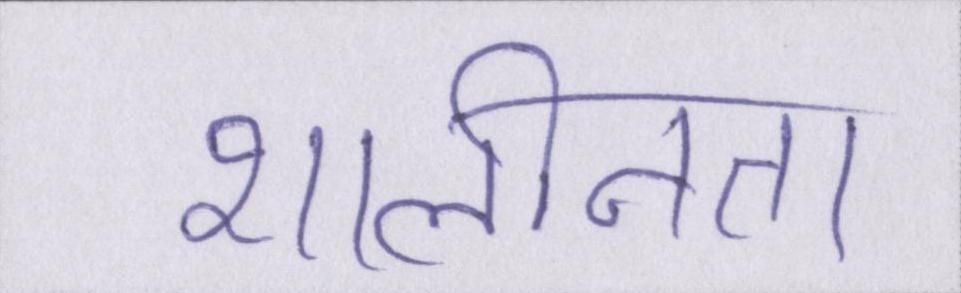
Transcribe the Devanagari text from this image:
शालीनता